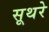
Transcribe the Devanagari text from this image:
सूथरे